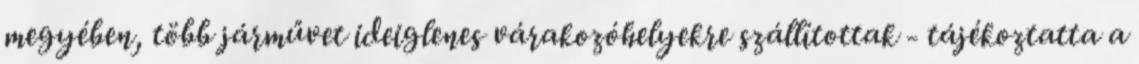
megyében, több járművet ideiglenes várakozóhelyekre szállítottak - tájékoztatta a